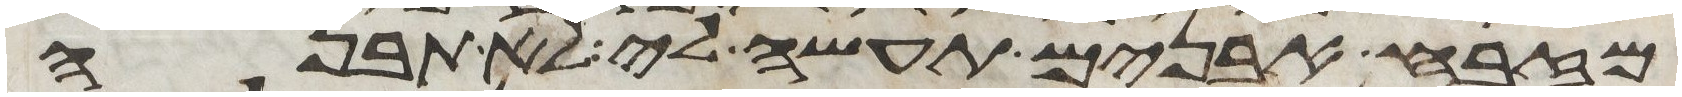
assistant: מזבח אבנים תעשה לי לא תבנה